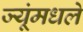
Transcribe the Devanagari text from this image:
ज्यूंमधले